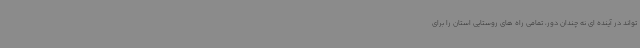
تواند در آینده ای نه چندان دور، تمامی راه های روستایی استان را برای